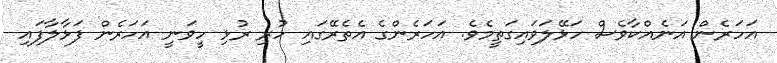
އަހަރެން އަނެއްކާވެސް ހަޅޭލަވައިގަތީމެވެ. އަހަރެންގެ އެތެރޭގައި ހުރި ރުޅި ހީވަނީ އަހަރެން ފަޅާލާފައި